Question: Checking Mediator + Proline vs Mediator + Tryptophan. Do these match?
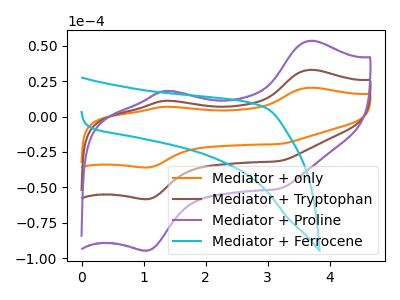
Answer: <think>The orange curve "Mediator + only" has anodic peaks at (3.70V, 65.85uA) (1.35V, 22.30uA) and cathodic peaks at (1.05V, -116.40uA) (3.20V, -62.85uA). The brown curve "Mediator + Tryptophan" has anodic peaks at (3.70V, 32.95uA) (1.35V, 11.15uA) and cathodic peaks at (1.05V, -58.20uA) (3.20V, -31.45uA). The purple curve "Mediator + Proline" has anodic peaks at (3.70V, 53.40uA) (1.35V, 18.10uA) and cathodic peaks at (1.05V, -94.40uA) (3.20V, -50.95uA). The cyan curve "Mediator + Ferrocene" has no peaks.
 All the peaks in "Mediator + Proline" have a peak in "Mediator + Tryptophan" at the same potential. Every peak in "Mediator + Proline" is higher than every peak in "Mediator + Tryptophan".</think>
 <answer>"Mediator + Proline" and "Mediator + Tryptophan" are similar in shape.</answer>
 <eval>same_shape</eval>